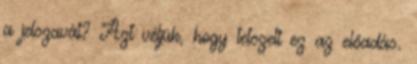
a jelszavát? Azt véljük, hogy tetszett ez az előadás.